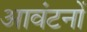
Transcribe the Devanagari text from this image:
आवंटनों